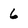
Character: 6